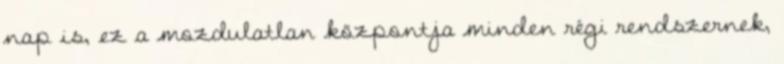
nap is, ez a mozdulatlan központja minden régi rendszernek,